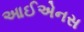
આઈએનસ